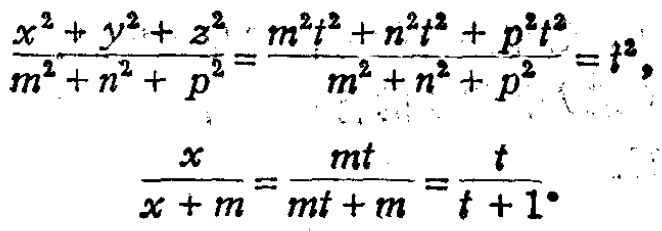
\[\frac{x^{2}+y^{2}+z^{2}}{m^{2}+n^{2}+p^{2}}=\frac{m^{2}t^{2}+n^{2}t^{2}+p^{2}t^{2}}{m^{2}+n^{2}+p^{2}} = t^{2},\]

\[\frac{x}{x + m}=\frac{mt}{mt + m}=\frac{t}{t + 1}。\]